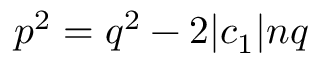
p ^ { 2 } = q ^ { 2 } - 2 | c _ { 1 } | n q